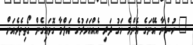
" ހުސްނާ އޭނަގެ އެންމެ ހަގު ދަރި އެއްއަހަރުގެ އަލްމާ ގޮވައިގެން ގޯތިތެރެއަށް